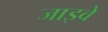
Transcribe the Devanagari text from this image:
जाइवे